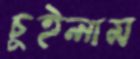
চুইলাম